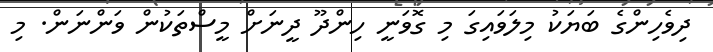
ދިވެހިންގެ ބަޔަކު މިލަވައިގަ މި ގޮވަނީ ހިންދޫ ދީނަށް މީސްތަކުން ވަންނަން. މި